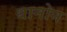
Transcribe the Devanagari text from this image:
थानोन